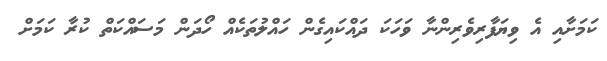
ކަމަށާއި އެ ވިޔަފާރިވެރިންނާ ވަހަކަ ދައްކައިގެން ހައްލުތަކެއް ހޯދަން މަސައްކަތް ކުރާ ކަމަށް